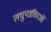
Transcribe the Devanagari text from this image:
लघुपत्रकिाओं